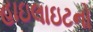
હાઇલાઇટનો